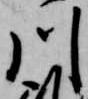
川